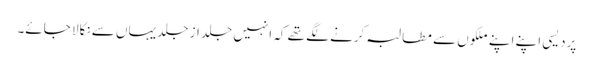
پردیسی اپنے اپنے ملکوں سے مطالبہ کرنے لگے تھے کہ انہیں جلد از جلد یہاں سے نکالا جائے۔